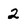
Character: 2